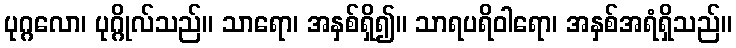
ပုဂ္ဂလော၊ ပုဂ္ဂိုလ်သည်။ သာရော၊ အနှစ်ရှိ၍။ သာရပရိဝါရော၊ အနှစ်အရံရှိသည်။